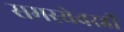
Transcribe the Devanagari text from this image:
समस्येवरही